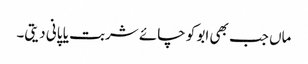
ماں جب بھی ابو کو چائے شربت یا پانی دیتی۔